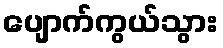
ပျောက်ကွယ်သွား